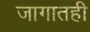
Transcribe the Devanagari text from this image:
जागातही